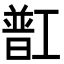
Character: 㠮